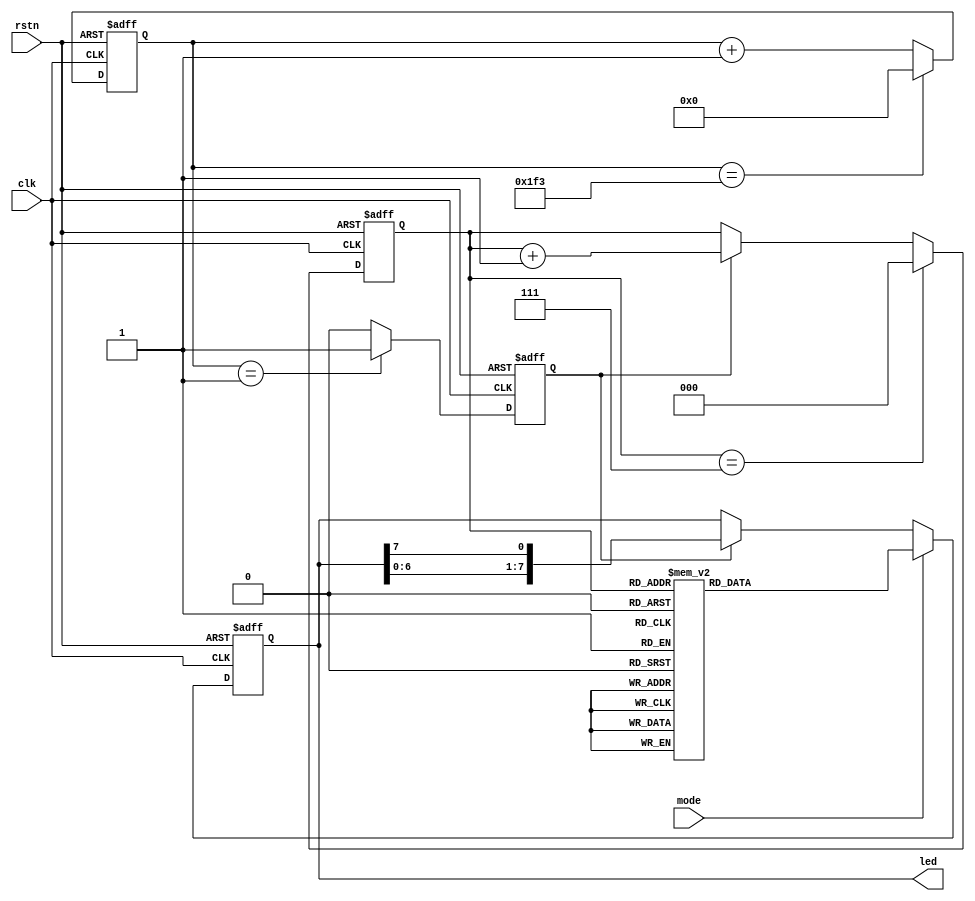
module streamed_led(
    input clk,
    input rstn,
    input mode,
    output reg [7:0]led
);
/////
reg [23:0]cnt;
//reg ready;
always @(posedge clk or negedge rstn)begin
    
if(!rstn)begin
cnt <= 'd0;
//ready <= 1'b0;
end
else if (cnt == 500-1) begin
    cnt <= 'd0;
    //ready <= 1'b0;
end
else begin
cnt <= cnt + 1'b1;
//ready <= 1'b1;
end
end

reg dv_clk;
always @(posedge clk or negedge rstn)begin
    if (!rstn) begin
        dv_clk <= 'b0;
    end
else if (cnt == 24'd1) begin
    dv_clk <= 1;
end 
else dv_clk <= '0;
end

reg [2:0] dv_cnt;
always @(posedge clk or negedge rstn) begin
    if (!rstn) begin
        dv_cnt <= 'b0;
    end
     else if(dv_cnt == 7)begin
         dv_cnt <= 'b0;
     end
     else if (dv_clk) begin
         dv_cnt <= dv_cnt + 1'b1;
     end
     else  dv_cnt <= dv_cnt;
////
end

always @(posedge clk or negedge rstn)begin

    if(!rstn)begin
    led <= 8'b00000001;
    end

    else if (mode == 0) 
    begin
        if(dv_clk == 1)
        begin
            led <= {led[6:0],led[7]};
        end
        else led <= led;
    end

    else if (mode == 1) begin
        case (dv_cnt)
           0 : led <= 8'b00000001;//0
           1 : led <= 8'b00000100;//2
           2 : led <= 8'b00010000;//4
           3 : led <= 8'b01000000;//6
           4 : led <= 8'b00000001;//1
           5 : led <= 8'b00001000;//3
           6 : led <= 8'b00100000;//5
           7 : led <= 8'b10000000;//7
            default: led <= led;
        endcase
    end
    

    end
    


endmodule